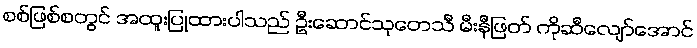
စစ်ဖြစ်စတွင် အထူးပြုထားပါသည် ဦးဆောင်သုတေသီ မီးနီဖြတ် ကိုဆီလျော်အောင်